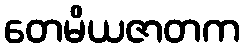
တေမိယဇာတက